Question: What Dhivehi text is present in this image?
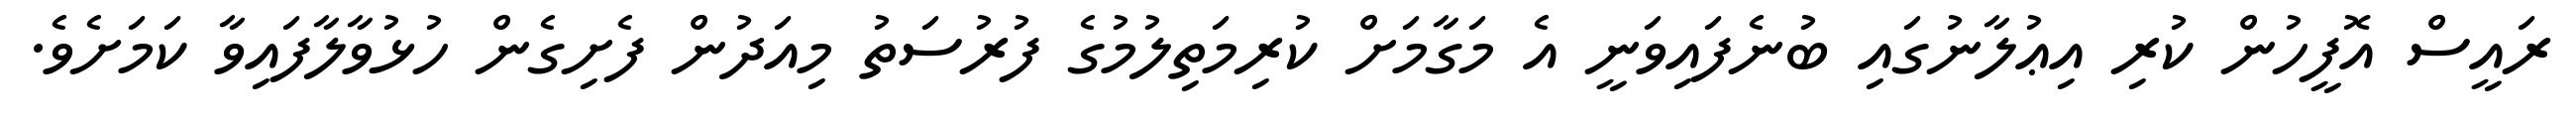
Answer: ރައީސް އޮފީހުން ކުރި އިޢުލާނުގައި ބުނެފައިވަނީ އެ މަގާމަށް ކުރިމަތިލުމުގެ ފުރުސަތު މިއަދުން ފެށިގެން ހުޅުވާލާފައިވާ ކަމަށެވެ.